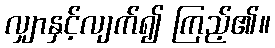
လျှာနှင့်လျက်၍ ကြည့်၏။